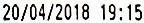
20/04/2018 19:15